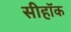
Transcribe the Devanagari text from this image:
सीहॉक